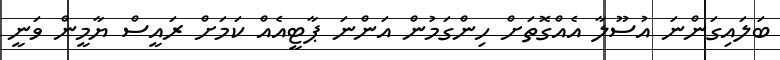
ބަލައިގަންނަ އުސޫލާ އެއްގޮތަށް ހިންގަމުން އަންނަ ޕާޓީއެއް ކަމަށް ރައީސް ޔާމީން ވަނީ